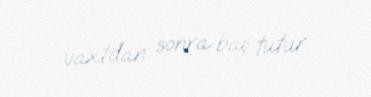
vaxtdan sonra baş tutur.